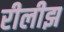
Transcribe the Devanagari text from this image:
रीलीझ